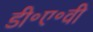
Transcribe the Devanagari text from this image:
डी॰ए॰वी